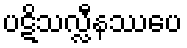
ပဋိသလ္လီနဿပေ